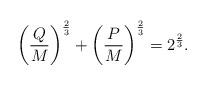
LaTeX: \begin{align*}\left({Q\over M}\right)^{2\over 3} + \left({P\over M}\right)^{2\over 3} =2^{2\over 3}.\end{align*}